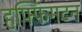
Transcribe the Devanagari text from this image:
हफ्फिंगटन